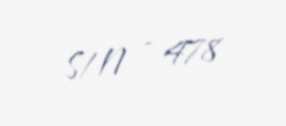
S/N - 478